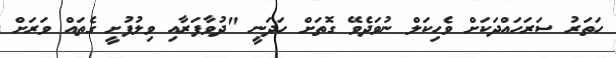
ހަތަރު ސަރަހައްދަކަށް ވެހިކަލް ނުވަދެވޭ ގޮތަށް ހަދަނީ "ދުވާފަރާއި ވިލުފުށީ ގެތައް ވަރަށް